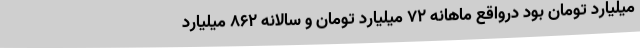
میلیارد تومان بود درواقع ماهانه 72 میلیارد تومان و سالانه 862 میلیارد